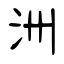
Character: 洲